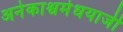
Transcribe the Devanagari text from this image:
अनेकाश्वमेधयाजी